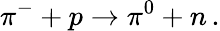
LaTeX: \pi^{-}+p\rightarrow\pi^{0}+n\, .